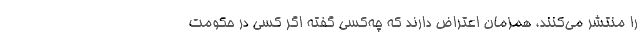
را منتشر می‌کنند، همزمان اعتراض دارند که چه‌کسی گفته اگر کسی در حکومت